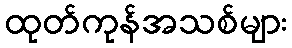
ထုတ်ကုန်အသစ်များ